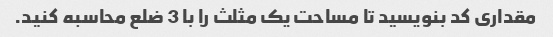
مقداری کد بنویسید تا مساحت یک مثلث را با 3 ضلع محاسبه کنید.